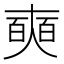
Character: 奭